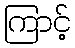
ကြာင့်